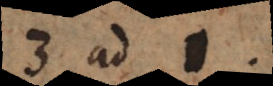
3 ad 1,